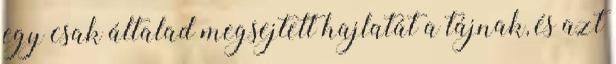
egy csak általad megsejtett hajlatát a tájnak, és azt